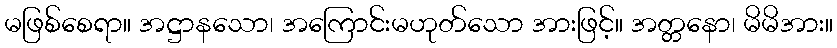
မဖြစ်စေရာ။ အဋ္ဌာနသော၊ အကြောင်းမဟုတ်သော အားဖြင့်။ အတ္တနော၊ မိမိအား။